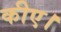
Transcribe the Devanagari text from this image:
कीए।